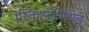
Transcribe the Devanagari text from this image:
थ्रेस्किऑर्निथिडे